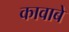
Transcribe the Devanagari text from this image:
कावाबे